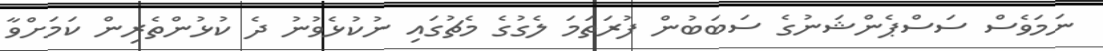
ނަމަވެސް ސަސްޕެންޝަނުގެ ސަބަބުން ފުރަތަމަ ލެގުގެ މެޗުގައި ނުކުޅެވުނު ދެ ކުޅުންތެރިން ކަމަށްވާ